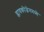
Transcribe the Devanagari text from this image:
ग्लायकोजेनमध्ये